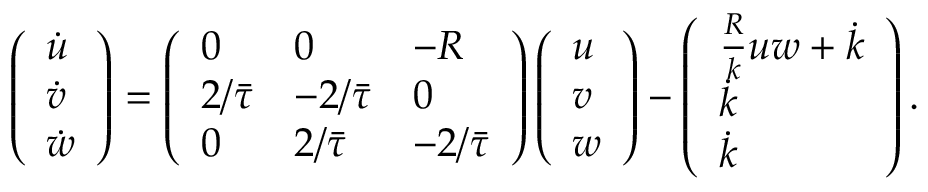
\left( \begin{array} { l } { \dot { u } } \\ { \dot { v } } \\ { \dot { w } } \end{array} \right) = \left( \begin{array} { l l l } { 0 } & { 0 } & { - R } \\ { 2 / \bar { \tau } } & { - 2 / \bar { \tau } } & { 0 } \\ { 0 } & { 2 / \bar { \tau } } & { - 2 / \bar { \tau } } \end{array} \right) \left( \begin{array} { l } { u } \\ { v } \\ { w } \end{array} \right) - \left( \begin{array} { l } { \frac { R } { k } u w + \dot { k } } \\ { \dot { k } } \\ { \dot { k } } \end{array} \right) .